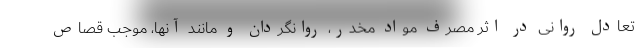
تعادل روانی در اثر مصرف مواد مخدر، روانگردان و مانند آنها، موجب قصاص